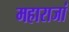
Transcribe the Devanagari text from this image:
महाराजां